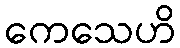
ကေသေဟိ